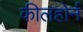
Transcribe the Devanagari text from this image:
कीलहोर्न